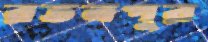
রতনপুর